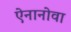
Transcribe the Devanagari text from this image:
ऐनानोवा